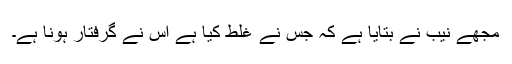
مجھے نیب نے بتایا ہے کہ جس نے غلط کیا ہے اس نے گرفتار ہونا ہے۔